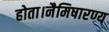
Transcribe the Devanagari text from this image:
होता।नैमिषारण्य